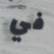
في